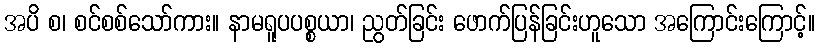
အပိ စ၊ စင်စစ်သော်ကား။ နာမရူပပစ္စယာ၊ ညွတ်ခြင်း ဖောက်ပြန်ခြင်းဟူသော အကြောင်းကြောင့်။